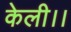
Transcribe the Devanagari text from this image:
केली।।